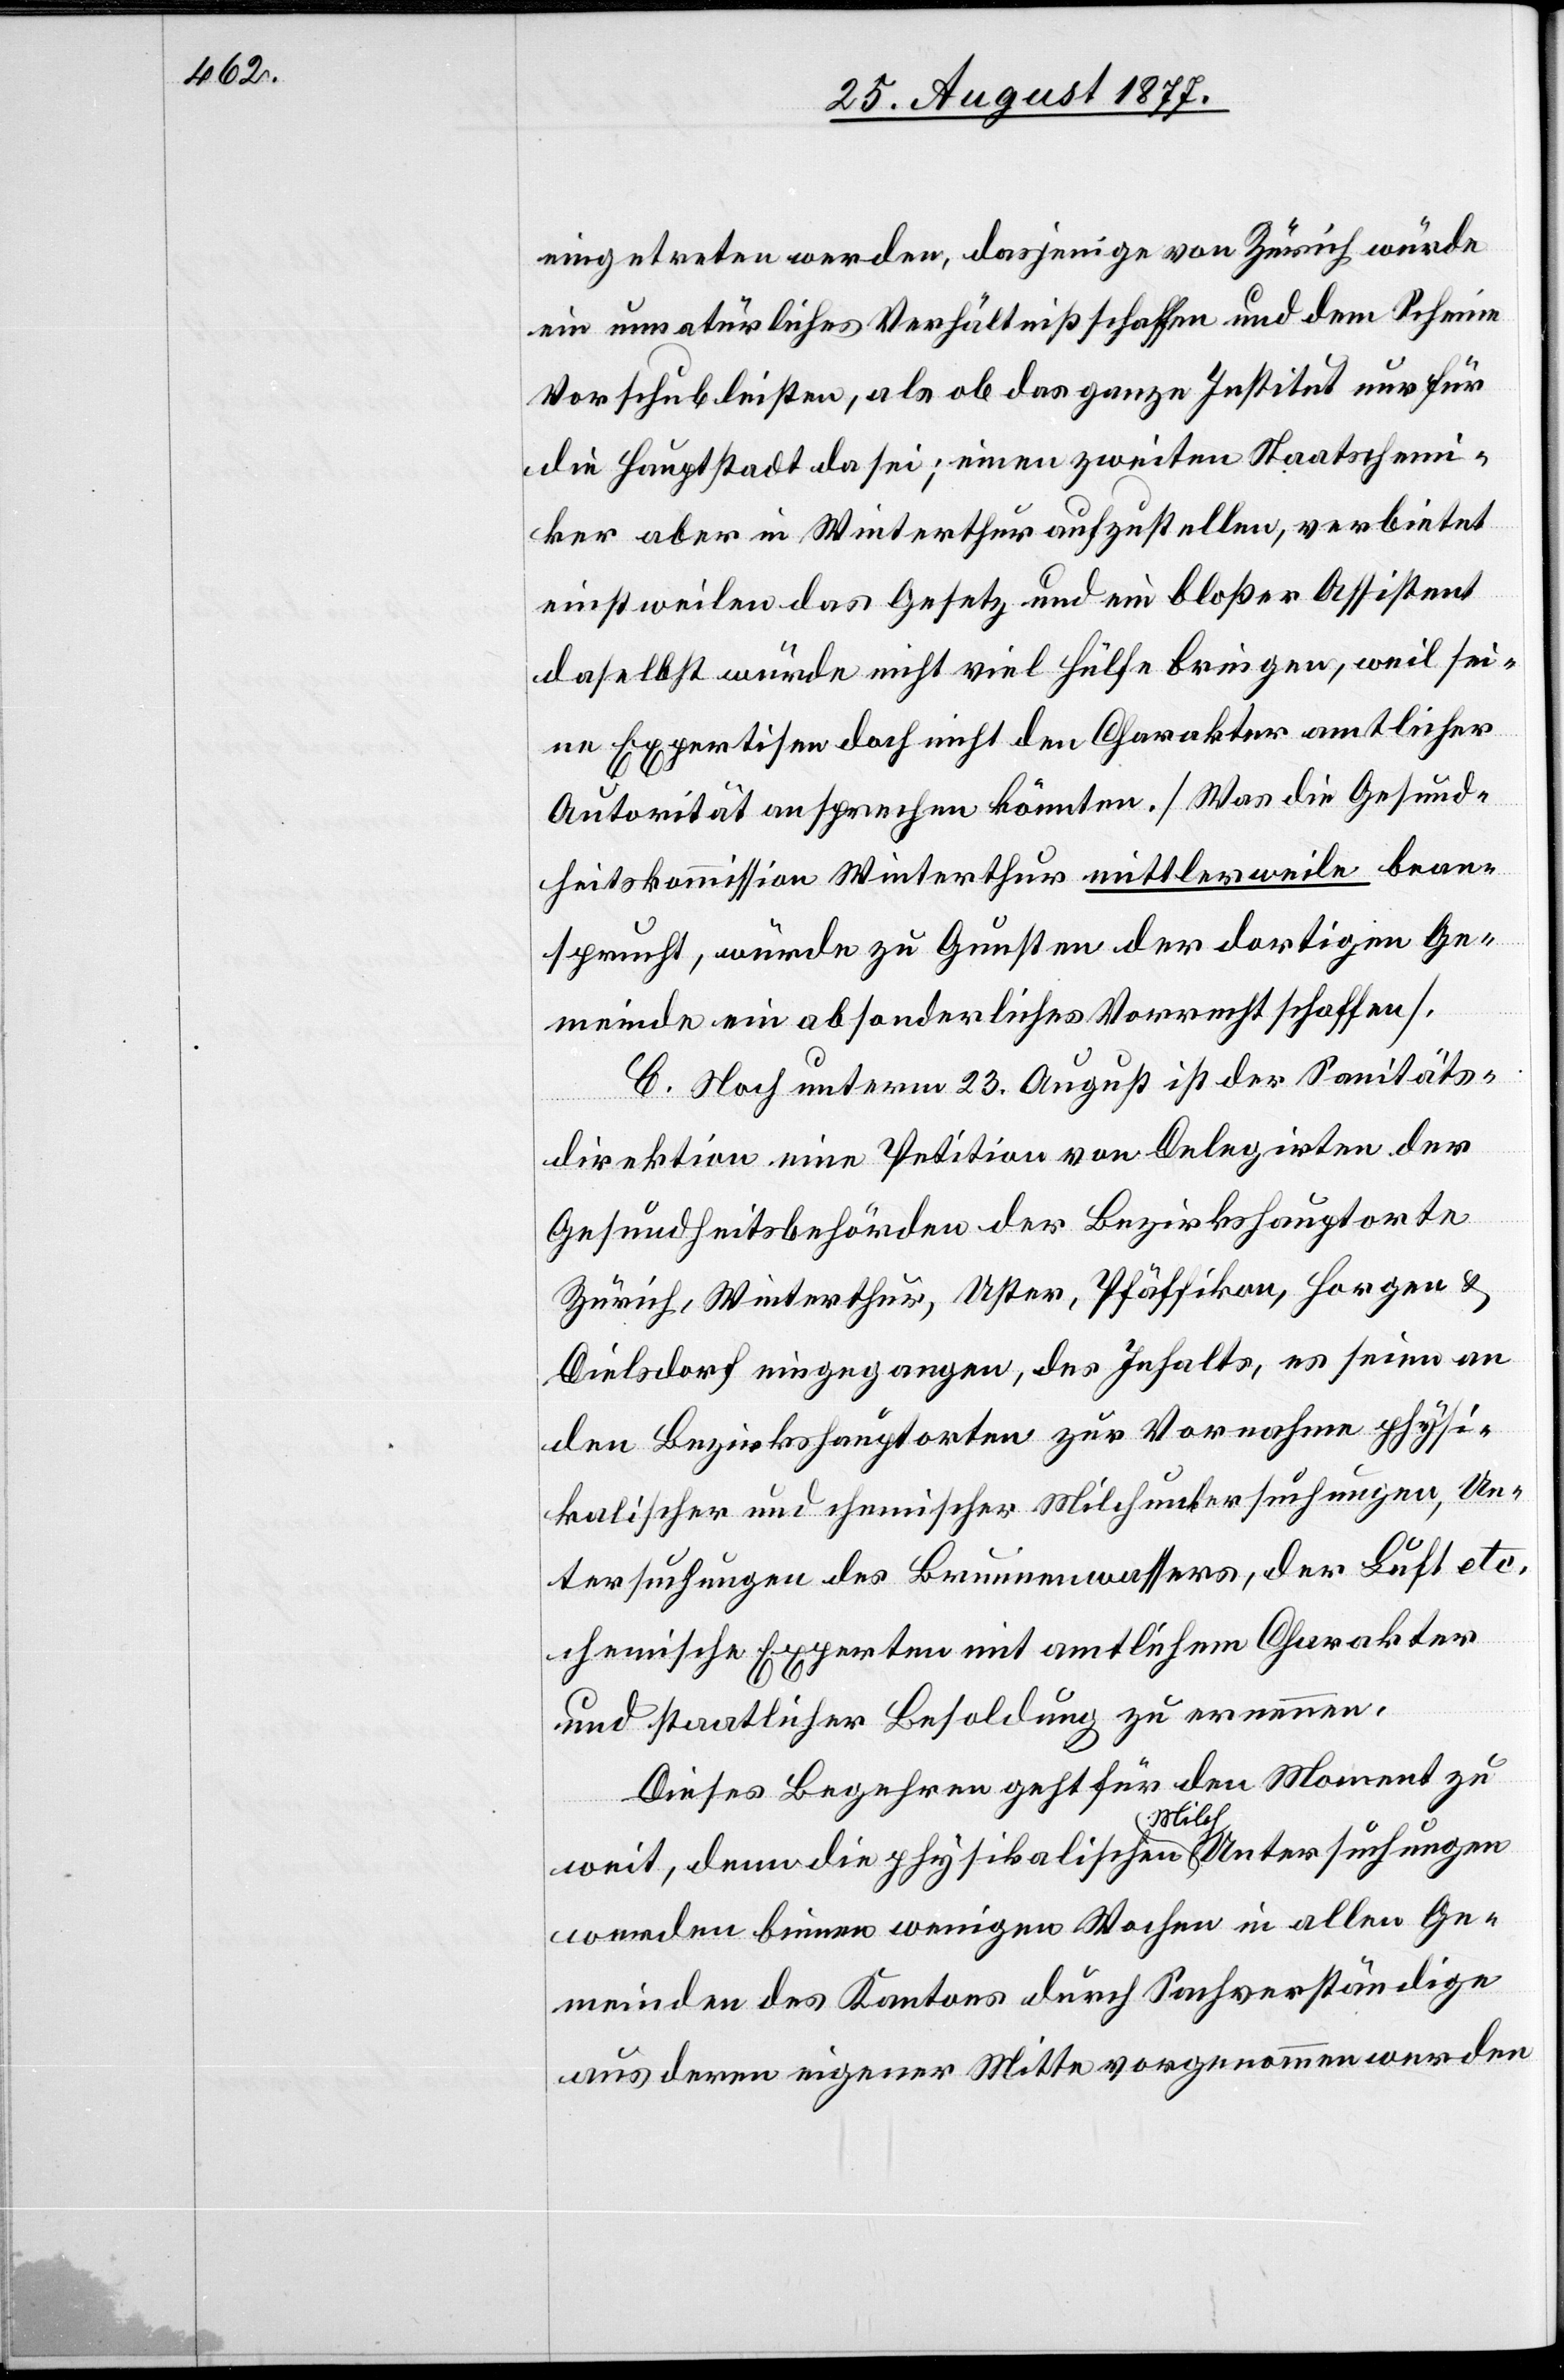
eingetreten werden, dasjenige von Zürich würde
ein unnatürliches Verhältniß schaffen und dem Scheine
Vorschub leisten, als ob das ganze Institut nur für
die Hauptstadt da sei; einen zweiten Staatschemi¬
ker aber in Winterthur aufzustellen, verbietet
einstweilen das Gesetz und ein bloßer Assistent
daselbst würde nicht viel Hülfe bringen, weil sei¬
ne Expertisen doch nicht den Charakter amtlicher
Autorität ansprechen könnten. [Was die Gesund¬
heitskommission Winterthur mittlerweile bean¬
sprucht, würde zu Gunsten der dortigen Ge¬
meinde ein absonderliches Vorrecht schaffen].
C. Noch unterm 23. August ist der Sanitäts¬
direktion eine Petition von Delegirten der
Gesundheitsbehörden der Bezirkshauptorte
Zürich, Winterthur, Uster, Pfäffikon, Horgen &
Dielsdorf eingegangen, des Inhalts, es seien an
den Bezirkshauptorten zur Vornahme physi¬
kalischer und chemischer Milchuntersuchungen, Un¬
tersuchungen des Brunnenwassers, der Luft etc.
chemische Experten mit amtlichem Charakter
und staatlicher Besoldung zu ernennen.
Dieses Begehren geht für den Moment zu
weit, denn die physikalischen Milch Untersuchungen
werden binnen wenigen Wochen in allen Ge¬
meinden des Kantons durch Sachverständige
aus deren eigener Mitte vorgenommen werden